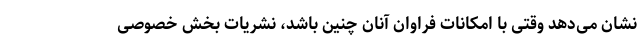
نشان می‌دهد وقتی با امکانات فراوان آنان چنین باشد، نشریات بخش خصوصی